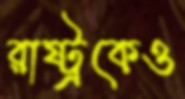
রাষ্ট্রকেও